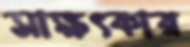
সাক্ষৎকার